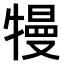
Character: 𤛔